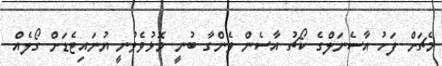
މެޗަށް ފަހު އާސެނަލްގެ ކޯޗު އާސެން ވެންގާ ބުނީ މޮޅުވެވުނީ ޔުނައިޓެޑަށް ގޯލެއް